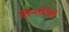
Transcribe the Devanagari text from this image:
तिन्तोरेत्तो